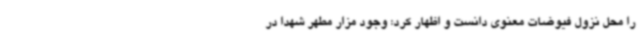
را محل نزول فیوضات معنوی دانست و اظهار کرد: وجود مزار مطهر شهدا در